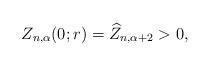
LaTeX: \begin{align*}Z_{n,\alpha}(0;r) = \widehat Z_{n,\alpha + 2} >0,\end{align*}